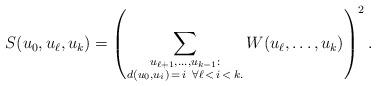
LaTeX: \begin{align*} S(u_0, u_{\ell}, u_k) & = \left(\sum_{\substack{ u_{\ell+1}, \ldots, u_{k-1} : \\ d(u_0, u_i) \,=\, i \,\,\, \forall \ell \,<\, i \,<\, k. }} W\!\left(u_\ell, \ldots, u_{k}\right) \right)^2. \end{align*}